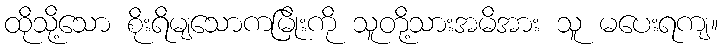
ထိုသို့သော စိုးရိမျသောကမြိုးကို သူတို့သားအမိအား သူ မပေးရကျ။